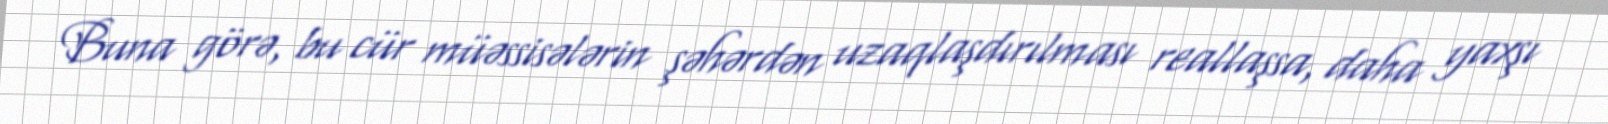
Buna görə, bu cür müəssisələrin şəhərdən uzaqlaşdırılması reallaşsa, daha yaxşı